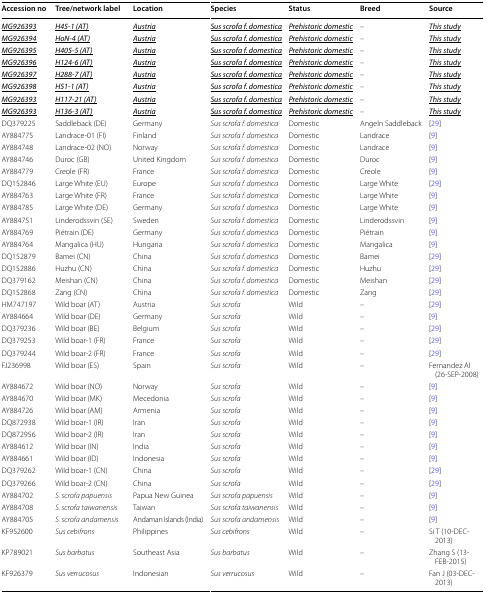
<table><thead><tr><td><b>Accession no</b></td><td><b>Tree/network label</b></td><td><b>Location</b></td><td><b>Species</b></td><td><b>Status</b></td><td><b>Breed</b></td><td><b>Source</b></td></tr></thead><tbody><tr><td><i><underline>MG926393</underline></i></td><td><i><underline>H45-1 (AT)</underline></i></td><td><i><underline>Austria</underline></i></td><td><i><underline>Sus scrofa f. domestica</underline></i></td><td><i><underline>Prehistoric domestic</underline></i></td><td>–</td><td><i><underline>This study</underline></i></td></tr><tr><td><i><underline>MG926394</underline></i></td><td><i><underline>HoN-4 (AT)</underline></i></td><td><i><underline>Austria</underline></i></td><td><i><underline>Sus scrofa f. domestica</underline></i></td><td><i><underline>Prehistoric domestic</underline></i></td><td>–</td><td><i><underline>This study</underline></i></td></tr><tr><td><i><underline>MG926395</underline></i></td><td><i><underline>H405-5 (AT)</underline></i></td><td><i><underline>Austria</underline></i></td><td><i><underline>Sus scrofa f. domestica</underline></i></td><td><i><underline>Prehistoric domestic</underline></i></td><td>–</td><td><i><underline>This study</underline></i></td></tr><tr><td><i><underline>MG926396</underline></i></td><td><i><underline>H124-6 (AT)</underline></i></td><td><i><underline>Austria</underline></i></td><td><i><underline>Sus scrofa f. domestica</underline></i></td><td><i><underline>Prehistoric domestic</underline></i></td><td>–</td><td><i><underline>This study</underline></i></td></tr><tr><td><i><underline>MG926397</underline></i></td><td><i><underline>H288-7 (AT)</underline></i></td><td><i><underline>Austria</underline></i></td><td><i><underline>Sus scrofa f. domestica</underline></i></td><td><i><underline>Prehistoric domestic</underline></i></td><td>–</td><td><i><underline>This study</underline></i></td></tr><tr><td><i><underline>MG926398</underline></i></td><td><i><underline>H51-1 (AT)</underline></i></td><td><i><underline>Austria</underline></i></td><td><i><underline>Sus scrofa f. domestica</underline></i></td><td><i><underline>Prehistoric domestic</underline></i></td><td>–</td><td><i><underline>This study</underline></i></td></tr><tr><td><i><underline>MG926393</underline></i></td><td><i><underline>H117-21 (AT)</underline></i></td><td><i><underline>Austria</underline></i></td><td><i><underline>Sus scrofa f. domestica</underline></i></td><td><i><underline>Prehistoric domestic</underline></i></td><td>–</td><td><i><underline>This study</underline></i></td></tr><tr><td><i><underline>MG926393</underline></i></td><td><i><underline>H136-3 (AT)</underline></i></td><td><i><underline>Austria</underline></i></td><td><i><underline>Sus scrofa f. domestica</underline></i></td><td><i><underline>Prehistoric domestic</underline></i></td><td>–</td><td><i><underline>This study</underline></i></td></tr><tr><td>DQ379225</td><td>Saddleback (DE)</td><td>Germany</td><td><i>Sus scrofa f. domestica</i></td><td>Domestic</td><td>Angeln Saddleback</td><td>[29]</td></tr><tr><td>AY884775</td><td>Landrace-01 (FI)</td><td>Finland</td><td><i>Sus scrofa f. domestica</i></td><td>Domestic</td><td>Landrace</td><td>[9]</td></tr><tr><td>AY884748</td><td>Landrace-02 (NO)</td><td>Norway</td><td><i>Sus scrofa f. domestica</i></td><td>Domestic</td><td>Landrace</td><td>[9]</td></tr><tr><td>AY884746</td><td>Duroc (GB)</td><td>United Kingdom</td><td><i>Sus scrofa f. domestica</i></td><td>Domestic</td><td>Duroc</td><td>[9]</td></tr><tr><td>AY884779</td><td>Creole (FR)</td><td>France</td><td><i>Sus scrofa f. domestica</i></td><td>Domestic</td><td>Creole</td><td>[9]</td></tr><tr><td>DQ152846</td><td>Large White (EU)</td><td>Europe</td><td><i>Sus scrofa f. domestica</i></td><td>Domestic</td><td>Large White</td><td>[29]</td></tr><tr><td>AY884763</td><td>Large White (FR)</td><td>France</td><td><i>Sus scrofa f. domestica</i></td><td>Domestic</td><td>Large White</td><td>[9]</td></tr><tr><td>AY884785</td><td>Large White (DE)</td><td>Germany</td><td><i>Sus scrofa f. domestica</i></td><td>Domestic</td><td>Large White</td><td>[9]</td></tr><tr><td>AY884751</td><td>Linderodssvin (SE)</td><td>Sweden</td><td><i>Sus scrofa f. domestica</i></td><td>Domestic</td><td>Linderodssvin</td><td>[9]</td></tr><tr><td>AY884769</td><td>Piétrain (DE)</td><td>Germany</td><td><i>Sus scrofa f. domestica</i></td><td>Domestic</td><td>Piétrain</td><td>[9]</td></tr><tr><td>AY884764</td><td>Mangalica (HU)</td><td>Hungaria</td><td><i>Sus scrofa f. domestica</i></td><td>Domestic</td><td>Mangalica</td><td>[9]</td></tr><tr><td>DQ152879</td><td>Bamei (CN)</td><td>China</td><td><i>Sus scrofa f. domestica</i></td><td>Domestic</td><td>Bamei</td><td>[29]</td></tr><tr><td>DQ152886</td><td>Huzhu (CN)</td><td>China</td><td><i>Sus scrofa f. domestica</i></td><td>Domestic</td><td>Huzhu</td><td>[29]</td></tr><tr><td>DQ379162</td><td>Meishan (CN)</td><td>China</td><td><i>Sus scrofa f. domestica</i></td><td>Domestic</td><td>Meishan</td><td>[29]</td></tr><tr><td>DQ152868</td><td>Zang (CN)</td><td>China</td><td><i>Sus scrofa f. domestica</i></td><td>Domestic</td><td>Zang</td><td>[29]</td></tr><tr><td>HM747197</td><td>Wild boar (AT)</td><td>Austria</td><td><i>Sus scrofa</i></td><td>Wild</td><td>–</td><td>[29]</td></tr><tr><td>AY884664</td><td>Wild boar (DE)</td><td>Germany</td><td><i>Sus scrofa</i></td><td>Wild</td><td>–</td><td>[9]</td></tr><tr><td>DQ379236</td><td>Wild boar (BE)</td><td>Belgium</td><td><i>Sus scrofa</i></td><td>Wild</td><td>–</td><td>[29]</td></tr><tr><td>DQ379253</td><td>Wild boar-1 (FR)</td><td>France</td><td><i>Sus scrofa</i></td><td>Wild</td><td>–</td><td>[29]</td></tr><tr><td>DQ379244</td><td>Wild boar-2 (FR)</td><td>France</td><td><i>Sus scrofa</i></td><td>Wild</td><td>–</td><td>[29]</td></tr><tr><td>FJ236998</td><td>Wild boar (ES)</td><td>Spain</td><td><i>Sus scrofa</i></td><td>Wild</td><td>–</td><td>Fernandez AI (26-SEP-2008)</td></tr><tr><td>AY884672</td><td>Wild boar (NO)</td><td>Norway</td><td><i>Sus scrofa</i></td><td>Wild</td><td>–</td><td>[9]</td></tr><tr><td>AY884670</td><td>Wild boar (MK)</td><td>Mecedonia</td><td><i>Sus scrofa</i></td><td>Wild</td><td>–</td><td>[9]</td></tr><tr><td>AY884726</td><td>Wild boar (AM)</td><td>Armenia</td><td><i>Sus scrofa</i></td><td>Wild</td><td>–</td><td>[9]</td></tr><tr><td>DQ872938</td><td>Wild boar-1 (IR)</td><td>Iran</td><td><i>Sus scrofa</i></td><td>Wild</td><td>–</td><td>[9]</td></tr><tr><td>DQ872956</td><td>Wild boar-2 (IR)</td><td>Iran</td><td><i>Sus scrofa</i></td><td>Wild</td><td>–</td><td>[9]</td></tr><tr><td>AY884612</td><td>Wild boar (IN)</td><td>India</td><td><i>Sus scrofa</i></td><td>Wild</td><td>–</td><td>[9]</td></tr><tr><td>AY884661</td><td>Wild boar (ID)</td><td>Indonesia</td><td><i>Sus scrofa</i></td><td>Wild</td><td>–</td><td>[9]</td></tr><tr><td>DQ379262</td><td>Wild boar-1 (CN)</td><td>China</td><td><i>Sus scrofa</i></td><td>Wild</td><td>–</td><td>[29]</td></tr><tr><td>DQ379266</td><td>Wild boar-2 (CN)</td><td>China</td><td><i>Sus scrofa</i></td><td>Wild</td><td>–</td><td>[29]</td></tr><tr><td>AY884702</td><td><i>S. scrofa papuensis</i></td><td>Papua New Guinea</td><td><i>Sus scrofa papuensis</i></td><td>Wild</td><td>–</td><td>[9]</td></tr><tr><td>AY884708</td><td><i>S. scrofa taiwanensis</i></td><td>Taiwan</td><td><i>Sus scrofa taiwanensis</i></td><td>Wild</td><td>–</td><td>[9]</td></tr><tr><td>AY884705</td><td><i>S. scrofa andamensis</i></td><td>Andaman Islands (India)</td><td><i>Sus scrofa andamensis</i></td><td>Wild</td><td>–</td><td>[9]</td></tr><tr><td>KF952600</td><td><i>Sus cebifrons</i></td><td>Philippines</td><td><i>Sus cebifrons</i></td><td>Wild</td><td>–</td><td>Si T (10-DEC-2013)</td></tr><tr><td>KP789021</td><td><i>Sus barbatus</i></td><td>Southeast Asia</td><td><i>Sus barbatus</i></td><td>Wild</td><td>–</td><td>Zhang S (13-FEB-2015)</td></tr><tr><td>KF926379</td><td><i>Sus verrucosus</i></td><td>Indonesian</td><td><i>Sus verrucosus</i></td><td>Wild</td><td>–</td><td>Fan J (03-DEC-2013)</td></tr></tbody></table>